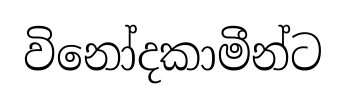
විනෝදකාමීන්ට